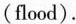
(flood).